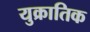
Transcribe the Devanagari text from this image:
युक्रातिक